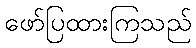
ဖော်ပြထားကြသည်